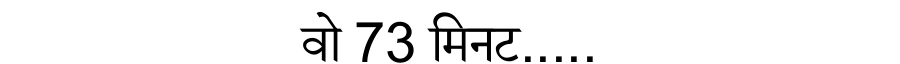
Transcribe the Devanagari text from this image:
वो 73 मिनट.....